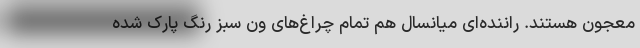
معجون هستند. راننده‌ای میانسال هم تمام چراغ‌های ون سبز رنگ پارک شده